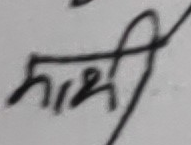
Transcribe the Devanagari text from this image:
नाथ